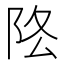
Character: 𨸻